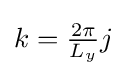
{\textstyle k={\frac {2\pi }{L_{y}}}j}